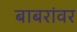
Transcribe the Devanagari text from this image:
बाबरांवर